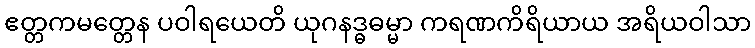
ဧတ္တကမတ္တေန ပဝါရယေတိ ယုဂနဒ္ဓဓမ္မာ ကရဏကိရိယာယ အရိယဝါသာ